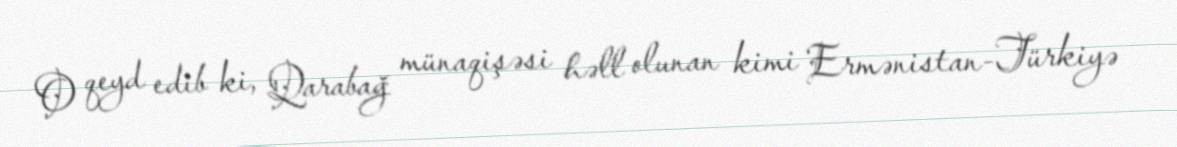
O qeyd edib ki, Qarabağ münaqişəsi həll olunan kimi Ermənistan-Türkiyə